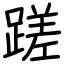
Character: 蹉